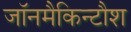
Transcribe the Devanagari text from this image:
जॉनमैकिन्टौश